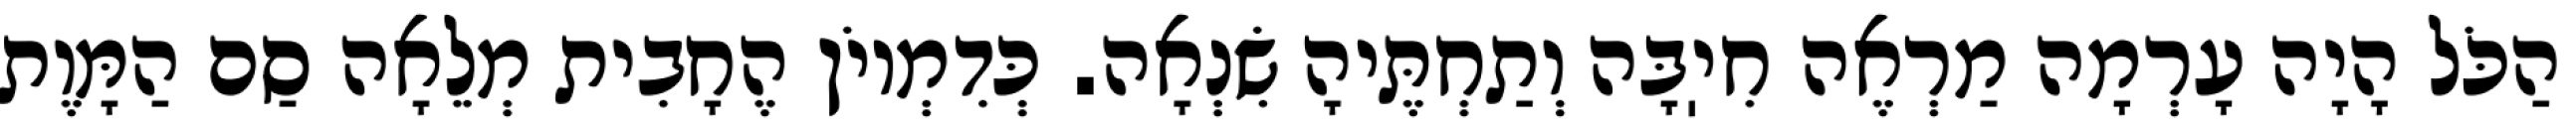
הַכֹּל הָיָה עָרְמָה מַרְאֶה חִיֽבָּה וְתַחְתֶּיהָ שִׂנְאָה. כְּדִמְיוֹן הֶחָבִית מְלֵאָה סַם הַמָּוֶת